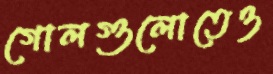
গোলগুলোতেও